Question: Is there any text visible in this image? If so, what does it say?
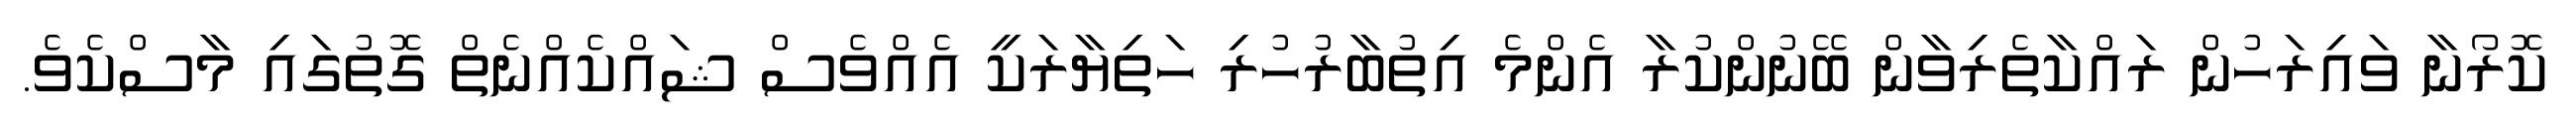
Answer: ކޮރޯނާ ވައިރަހުން ރައްކާތެރިވާން ބޭނުންކުރާ އެންމެ އިތުބާރުހުރި ހަތިޔާރަކީ އެއްވެސް ޝައްކެއްނެތް ގޮތުގައި މާސްކެވެ.